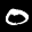
Label: 0